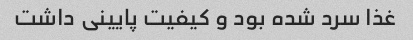
غذا سرد شده بود و کیفیت پایینی داشت